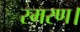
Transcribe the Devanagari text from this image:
स्मरण।